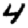
Digit: 4